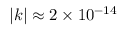
| k | \approx 2 \times 1 0 ^ { - 1 4 }